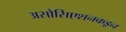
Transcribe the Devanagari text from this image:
असोसिएशनकडून